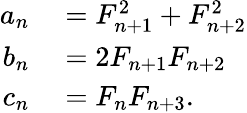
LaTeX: \begin{array}{rl}{a_{n}}&{{}=F_{n+1}^{2}+F_{n+2}^{2}}\\ {b_{n}}&{{}=2F_{n+1}F_{n+2}}\\ {c_{n}}&{{}=F_{n}F_{n+3}.}\end{array}